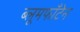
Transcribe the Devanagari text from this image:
ब्लूमफॉँटेन